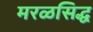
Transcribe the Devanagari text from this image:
मरळसिद्ध